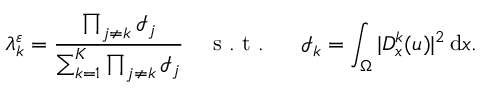
\lambda _ { k } ^ { \varepsilon } = \frac { \prod _ { j \neq k } \mathcal { I } _ { j } } { \sum _ { k = 1 } ^ { K } \prod _ { j \neq k } \mathcal { I } _ { j } } \quad \mathrm { ~ s ~ . ~ t ~ . ~ ~ ~ ~ ~ } \mathcal { I } _ { k } = \int _ { \Omega } | D _ { x } ^ { k } ( u ) | ^ { 2 } \, \mathrm { d } x .